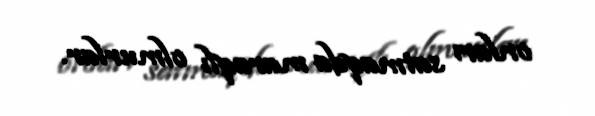
onları satmaqda maraqlı olmurlar.